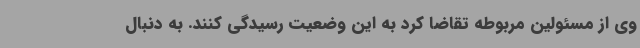
وی از مسئولین مربوطه تقاضا کرد به این وضعیت رسیدگی کنند. به دنبال